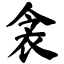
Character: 衾